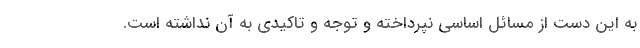
به این دست از مسائل اساسی نپرداخته و توجه و تاکیدی به آن نداشته است.